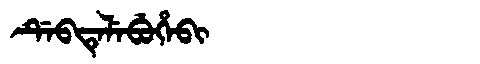
Manchu: ᡩᡝᠪᡨᡝᠯᡝᠪᡠᡥᡝᠪᡳ
Romanization: DEBTELEBUHEBI